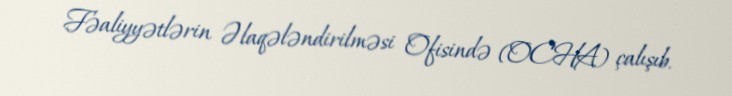
Fəaliyyətlərin Əlaqələndirilməsi Ofisində (OCHA) çalışıb.